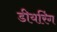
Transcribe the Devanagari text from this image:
डीयरिंग